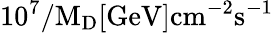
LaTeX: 10^{7}/\mathrm{{M_{D}}[\mathrm{{GeV}]\mathrm{{cm}^{-2}\mathrm{{s}^{-1}}}}}